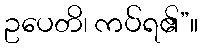
ဥပေတိ၊ ကပ်ရ၏”။